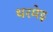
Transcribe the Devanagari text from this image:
थरमेइ